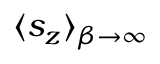
\langle s _ { z } \rangle _ { \beta \to \infty }